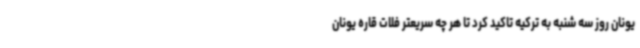
یونان روز سه شنبه به ترکیه تاکید کرد تا هر چه سریعتر فلات قاره‌ یونان